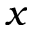
x